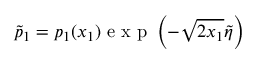
\widetilde { p } _ { 1 } = p _ { 1 } ( x _ { 1 } ) \mathrm { ~ e ~ x ~ p ~ } \left( - \sqrt { 2 x _ { 1 } } \widetilde { \eta } \right)